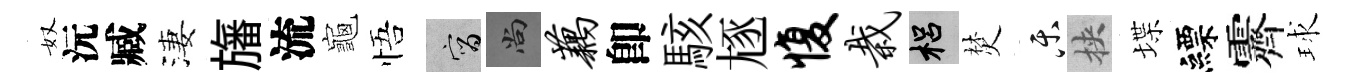
奴沅臧淒旛流龜悟宵尚藕卽駭豗愎栽梠焚乐挾堞縹霽球